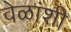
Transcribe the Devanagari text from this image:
वेळांशी